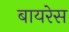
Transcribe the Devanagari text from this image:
बायरेस